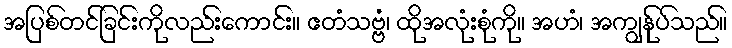
အပြစ်တင်ခြင်းကိုလည်းကောင်း။ ဧတံသဗ္ဗံ၊ ထိုအလုံးစုံကို။ အဟံ၊ အကျွန်ုပ်သည်။